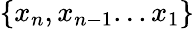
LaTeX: \{ x_{n},x_{n-1}...x_{1}\}